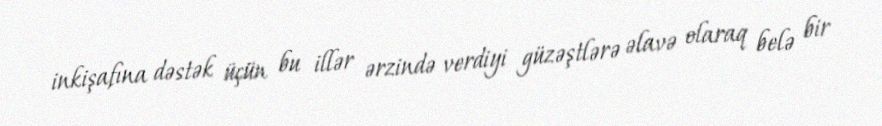
inkişafına dəstək üçün bu illər ərzində verdiyi güzəştlərə əlavə olaraq belə bir